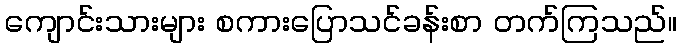
ကျောင်းသားများ စကားပြောသင်ခန်းစာ တက်ကြသည်။